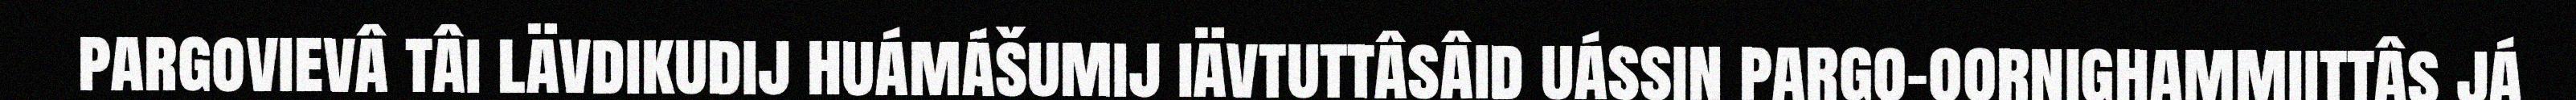
pargovievâ tâi lävdikudij huámášumij iävtuttâsâid uássin pargo-oornighammiittâs já